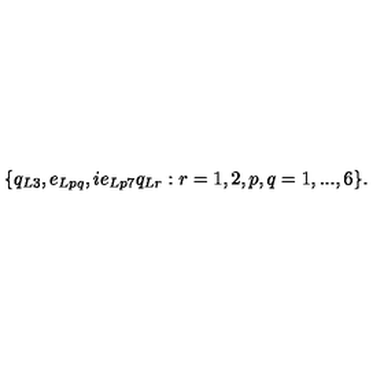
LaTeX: \{ q _ { L 3 } , e _ { L p q } , i e _ { L p 7 } q _ { L r } : r = 1 , 2 , p , q = 1 , . . . , 6 \} .